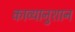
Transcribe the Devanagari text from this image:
काव्यानुशान